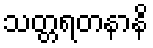
သတ္တရတနာနိ